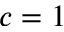
c = 1